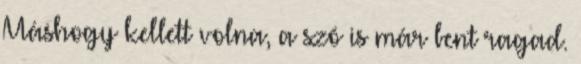
Máshogy kellett volna, a szó is már bent ragad.